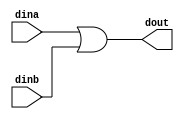
`timescale 1ns / 1ps
//////////////////////////////////////////////////////////////////////////////////
// Company: 
// Engineer: 
// 
// Design Name: 
// Module Name: Or2
// Project Name: 
// Target Devices: 
// Tool Versions: 
// Description: 
// 
// Dependencies: 
// 
// Revision:
// Revision 0.01 - File Created
// Additional Comments:
// 
//////////////////////////////////////////////////////////////////////////////////


module Or2(
input dina, dinb,
output dout
);

assign dout = dina | dinb;

endmodule